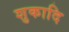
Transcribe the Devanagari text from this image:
शुकादि